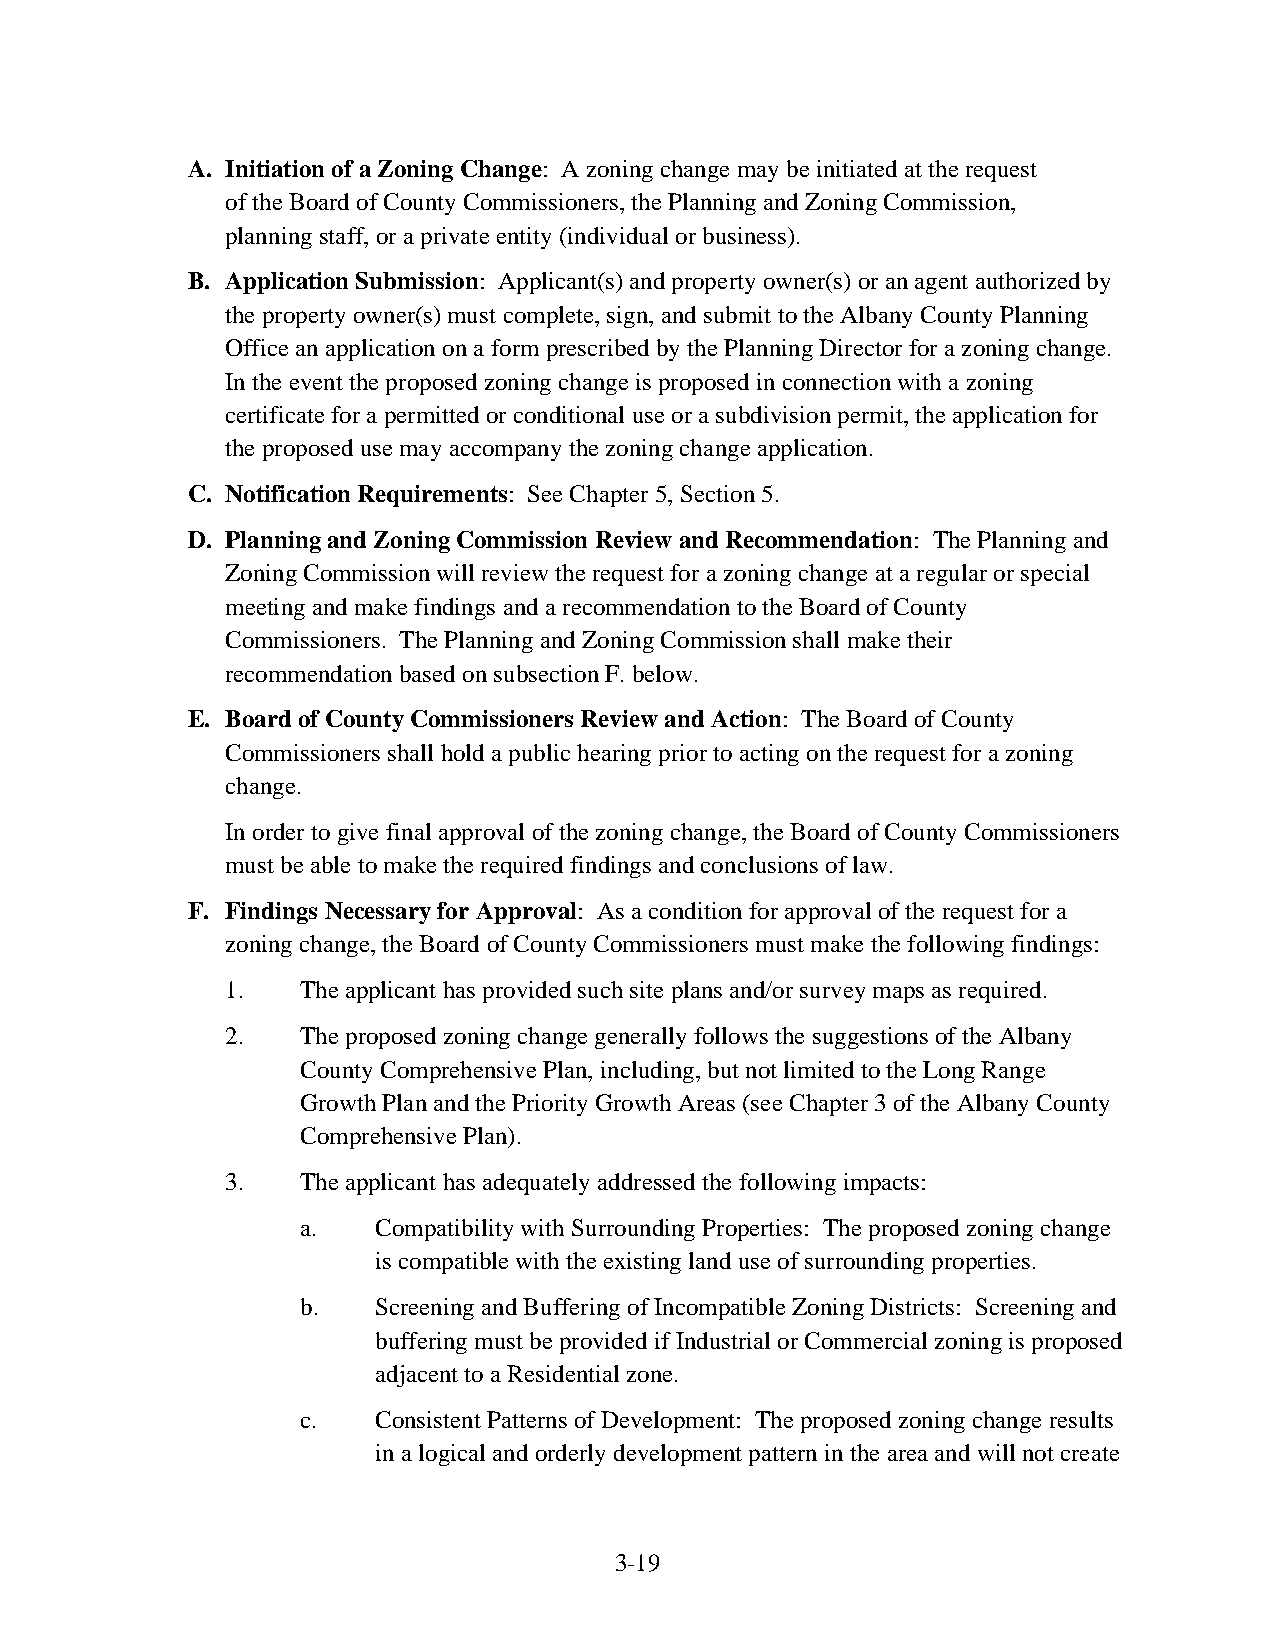
A. Initiation of a Zoning Change: A zoning change may be initiated at the request
 of the Board of County Commissioners, the Planning and Zoning Commission,
 planning staff, or a private entity (individual or business).
 B. Application Submission: Applicant(s) and property owner(s) or an agent authorized by
 the property owner(s) must complete, sign, and submit to the Albany County Planning
 Office an application on a form prescribed by the Planning Director for a zoning change.
 In the event the proposed zoning change is proposed in connection with a zoning
 certificate for a permitted or conditional use or a subdivision permit, the application for
 the proposed use may accompany the zoning change application.
 C. Notification Requirements: See Chapter 5, Section 5.
 D. Planning and Zoning Commission Review and Recommendation: The Planning and
 Zoning Commission will review the request for a zoning change at a regular or special
 meeting and make findings and a recommendation to the Board of County
 Commissioners. The Planning and Zoning Commission shall make their
 recommendation based on subsection F. below.
 E. Board of County Commissioners Review and Action: The Board of County
 Commissioners shall hold a public hearing prior to acting on the request for a zoning
 change.
 In order to give final approval of the zoning change, the Board of County Commissioners
 must be able to make the required findings and conclusions of law.
 F. Findings Necessary for Approval: As a condition for approval of the request for a
 zoning change, the Board of County Commissioners must make the following findings:
 1.   The applicant has provided such site plans and/or survey maps as required.
 2.   The proposed zoning change generally follows the suggestions of the Albany
 County Comprehensive Plan, including, but not limited to the Long Range
 Growth Plan and the Priority Growth Areas (see Chapter 3 of the Albany County
 Comprehensive Plan).
 3.   The applicant has adequately addressed the following impacts:
 a.   Compatibility with Surrounding Properties: The proposed zoning change
 is compatible with the existing land use of surrounding properties.
 b.   Screening and Buffering of Incompatible Zoning Districts: Screening and
 buffering must be provided if Industrial or Commercial zoning is proposed
 adjacent to a Residential zone.
 c.   Consistent Patterns of Development: The proposed zoning change results
 in a logical and orderly development pattern in the area and will not create
 3-19